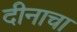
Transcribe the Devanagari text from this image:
दीनाचा